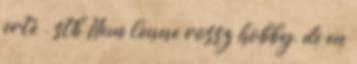
erte . stb Nem lenne rossz hobby, de en